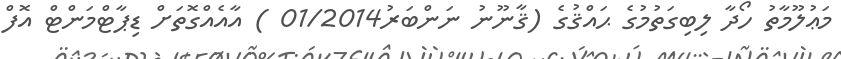
މަޢުލޫމާތު ހޯދާ ލިބިގަތުމުގެ ޙައްޤުގެ (ޤާނޫނު ނަންބަރު01/2014 ) އާއެއްގޮތަށް ޑިޕާޓްމަންޓް އޮފް